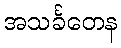
အသင်္ခတေန